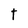
Character: t